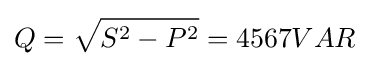
Q={\sqrt {S^{2}-P^{2}}}=4567VAR